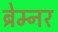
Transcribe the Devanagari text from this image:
ब्रेम्नर